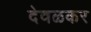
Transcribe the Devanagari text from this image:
देवळकर